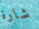
شارة